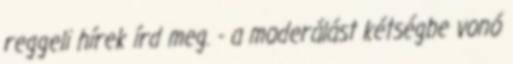
reggeli hírek írd meg. - a moderálást kétségbe vonó